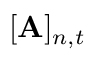
[ \mathbf { A } ] _ { n , t }